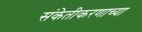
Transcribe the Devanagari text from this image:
संकेतीकरणाच्या